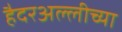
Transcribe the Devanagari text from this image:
हैदरअल्लीच्या